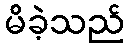
မိခဲ့သည်